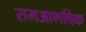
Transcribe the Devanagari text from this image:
समआणविक